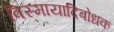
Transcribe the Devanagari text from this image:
विस्मायादिबोधक